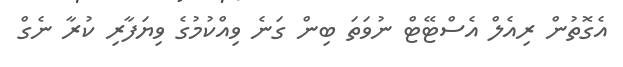
އެގޮތުން ރިއެލް އެސްޓޭޓް ނުވަތަ ބިން ގަނެ ވިއްކުމުގެ ވިޔަފާރި ކުރާ ނެގް